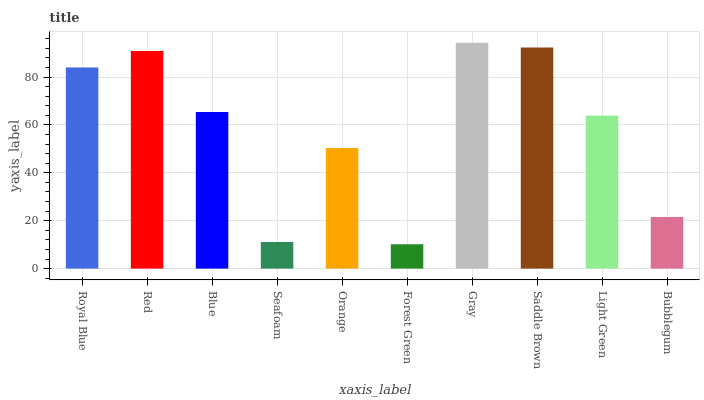
| xaxis_label | bars |
 | --- | --- |
 | Royal Blue | 84 |
 | Red | 90.9 |
 | Blue | 65.4 |
 | Seafoam | 11.1 |
 | Orange | 50.3 |
 | Forest Green | 10.2 |
 | Gray | 94.3 |
 | Saddle Brown | 92.3 |
 | Light Green | 63.9 |
 | Bubblegum | 21.6 |